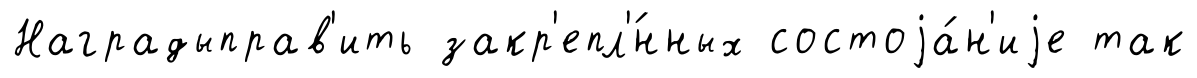
Наградыправ'ить закр'епл'́нных состоjа́н'иjе так